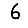
Digit: 6